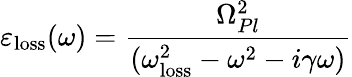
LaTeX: \varepsilon_{\mathrm{loss}}(\omega)=\frac{\Omega_{Pl}^{2}}{(\omega_{\mathrm{loss}}^{2}-\omega^{2}-i\gamma\omega)}